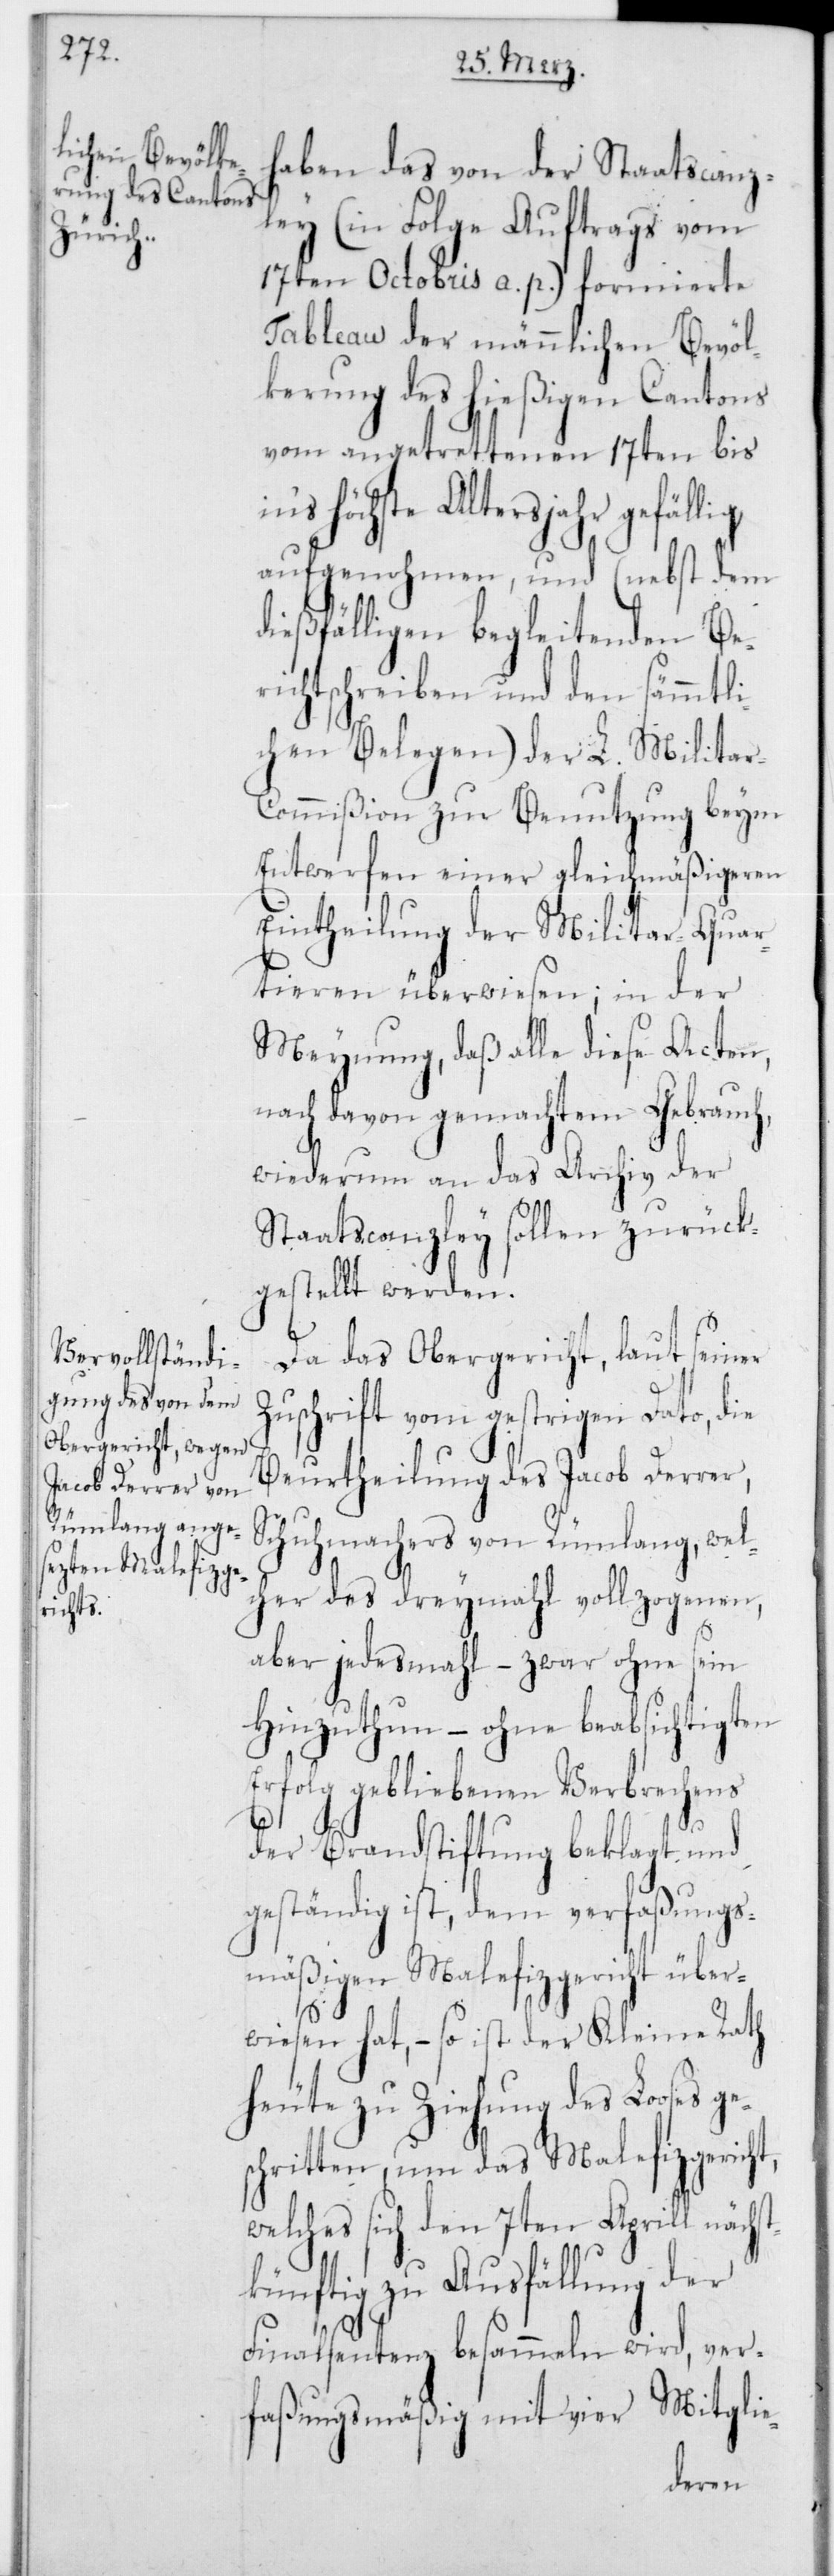
haben das von der Staatscanz¬
ley (in Folge Auftrags vom
17ten Octobris a. p.) formierte
Tableau der männlichen Bevöl¬
kerung des hießigen Cantons
vom angetrettenen 17ten bis
höchste Altersjahr gefällig
aufgenohmen, und (nebst dem
dießfälligen begleitenden Ber¬
ichtschreiben und den sämmtli¬
chen Belegen) der L. Militar-C¬
ommißion zur Benutzung beym
Entwerfen einer gleichmäßigeren
Eintheilung der Militar-Quar¬
tieren überwiesen; in der
Meynung, daß alle diese Acten,
nach davon gemachtem Gebrauch,
wiederum an das Archiv der
Staatscanzley sollen zurück¬
gestellt werden.
Da das Obergericht, laut seiner
Zuschrift vom gestrigen Dato, die
Beurtheilung des Jacob Derrer,
Schuhmachers von Rümlang, welc¬
her des dreymahl vollzogenen,
aber jedesmahl – zwar ohne sein
Hinzuthun – ohne beabsichtigten
gebliebenen Verbrechens
der Brandstiftung beklagt und
geständig ist, dem verfaßungs¬
mäßigen Malefizgericht über¬
wiesen hat, – so ist der Kleine Rath
heute zu Ziehung des Looses ge¬
schritten, um das Malefizgericht,
welches sich den 7ten Aprill nächst¬
künftig zu Ausfällung der
Finalsentenz besammeln wird, ver¬
faßungsmäßig mit vier Mitglie-